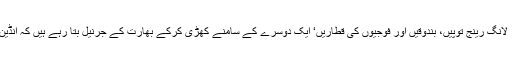
جنگی جہاز، بحری بیڑے، لانگ رینج توپیں، بندوقیں اور فوجیوں کی قطاریں‘ ایک دوسرے کے سامنے کھڑی کرکے بھارت کے جرنیل بتا رہے ہیں کہ انڈین فوج کس قدر مضبوط ہے۔